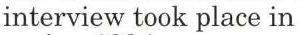
interview took place in